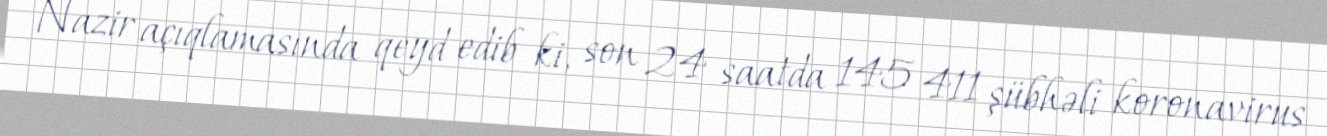
Nazir açıqlamasında qeyd edib ki, son 24 saatda 145 411 şübhəli koronavirus